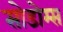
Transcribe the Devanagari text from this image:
सोडोम्स